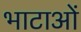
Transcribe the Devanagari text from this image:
भाटाओं